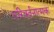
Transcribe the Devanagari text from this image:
परिवर्तनात्मक